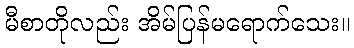
မီစာတိုလည်း အိမ်ပြန်မရောက်သေး။